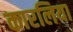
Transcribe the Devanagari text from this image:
कारलिया